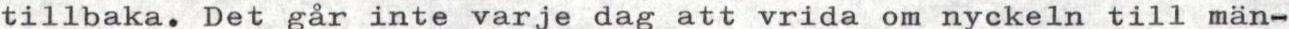
tillbaka. Det går inte varjedag attvrida om nyckeln till män-